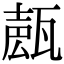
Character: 𤭩